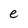
Character: e